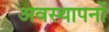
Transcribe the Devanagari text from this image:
अवस्थापनों